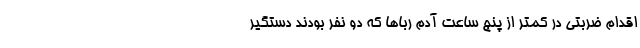
اقدام ضربتی در کمتر از پنج ساعت آدم ربا‌ها که دو نفر بودند دستگیر